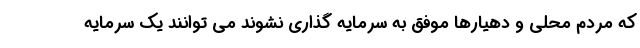
که مردم محلی و دهیارها موفق به سرمایه گذاری نشوند می توانند یک سرمایه